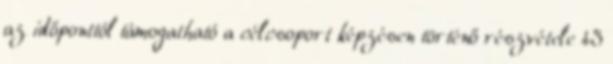
az időponttól támogatható a célcsoport képzésen történő részvétele 43